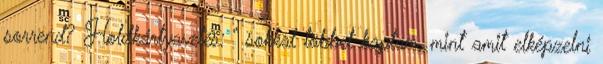
sorrend? Holdkártyavetés: “ sokkal többet kaptam, mint amit elképzelni